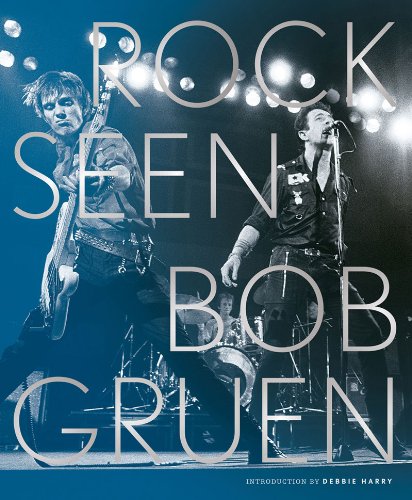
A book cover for Rock Seen; Bob Gruen; Arts & Photography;